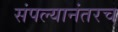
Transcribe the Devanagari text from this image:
संपल्यानंतरच